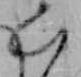
い